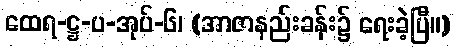
ထေရ-ဋ္ဌ-ပ-အုပ်-၆၊ (အာဇာနည်းခန်း၌ ရေးခဲ့ပြီ။)